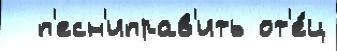
  п'есн'иправ'ить от'е́ц